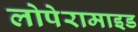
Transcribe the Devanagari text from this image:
लोपेरामाइड